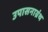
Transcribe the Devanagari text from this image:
उपासनाग्रंथ